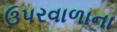
ઉપરવાળાના